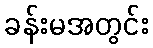
ခန်းမအတွင်း